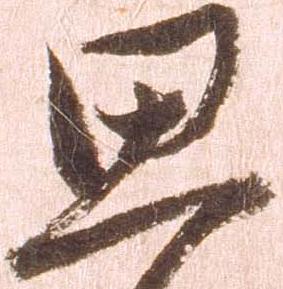
思